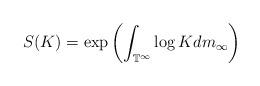
LaTeX: \begin{align*}S(K)=\exp\left(\int_{\mathbb{T}^\infty}\log K dm_{\infty}\right)\end{align*}